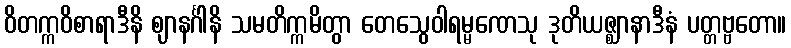
ဝိတက္ကဝိစာရာဒီနိ ဈာနင်္ဂါနိ သမတိက္ကမိတွာ တေသွေဝါရမ္မဏေသု ဒုတိယဇ္ဈာနာဒီနံ ပတ္တဗ္ဗတော။